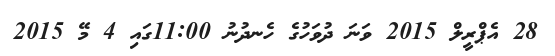
28 އެޕްރީލް 2015 ވަނަ ދުވަހުގެ ހެނދުނު 11:00ގައި 4 މޭ 2015